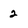
Character: 2